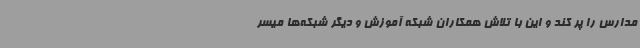
مدارس را پر کند و این با تلاش همکاران شبکه آموزش و دیگر شبکه‌ها میسر